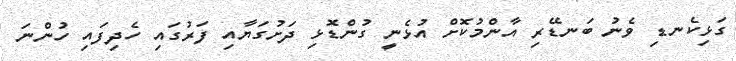
ގަޅިކެނޑި ވެނު ބަނޑޭރި އާންމުކޮށް އުޅެނީ ގުންޑޮޅި ދަށުގަޔާއި ފަރުގައި ހެދިފައި ހުންނަ